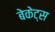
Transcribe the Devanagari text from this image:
बेकेट्स